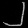
Digit: ၂